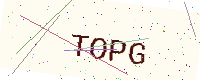
Text: TOPG